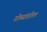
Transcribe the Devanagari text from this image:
गोव्यांतील